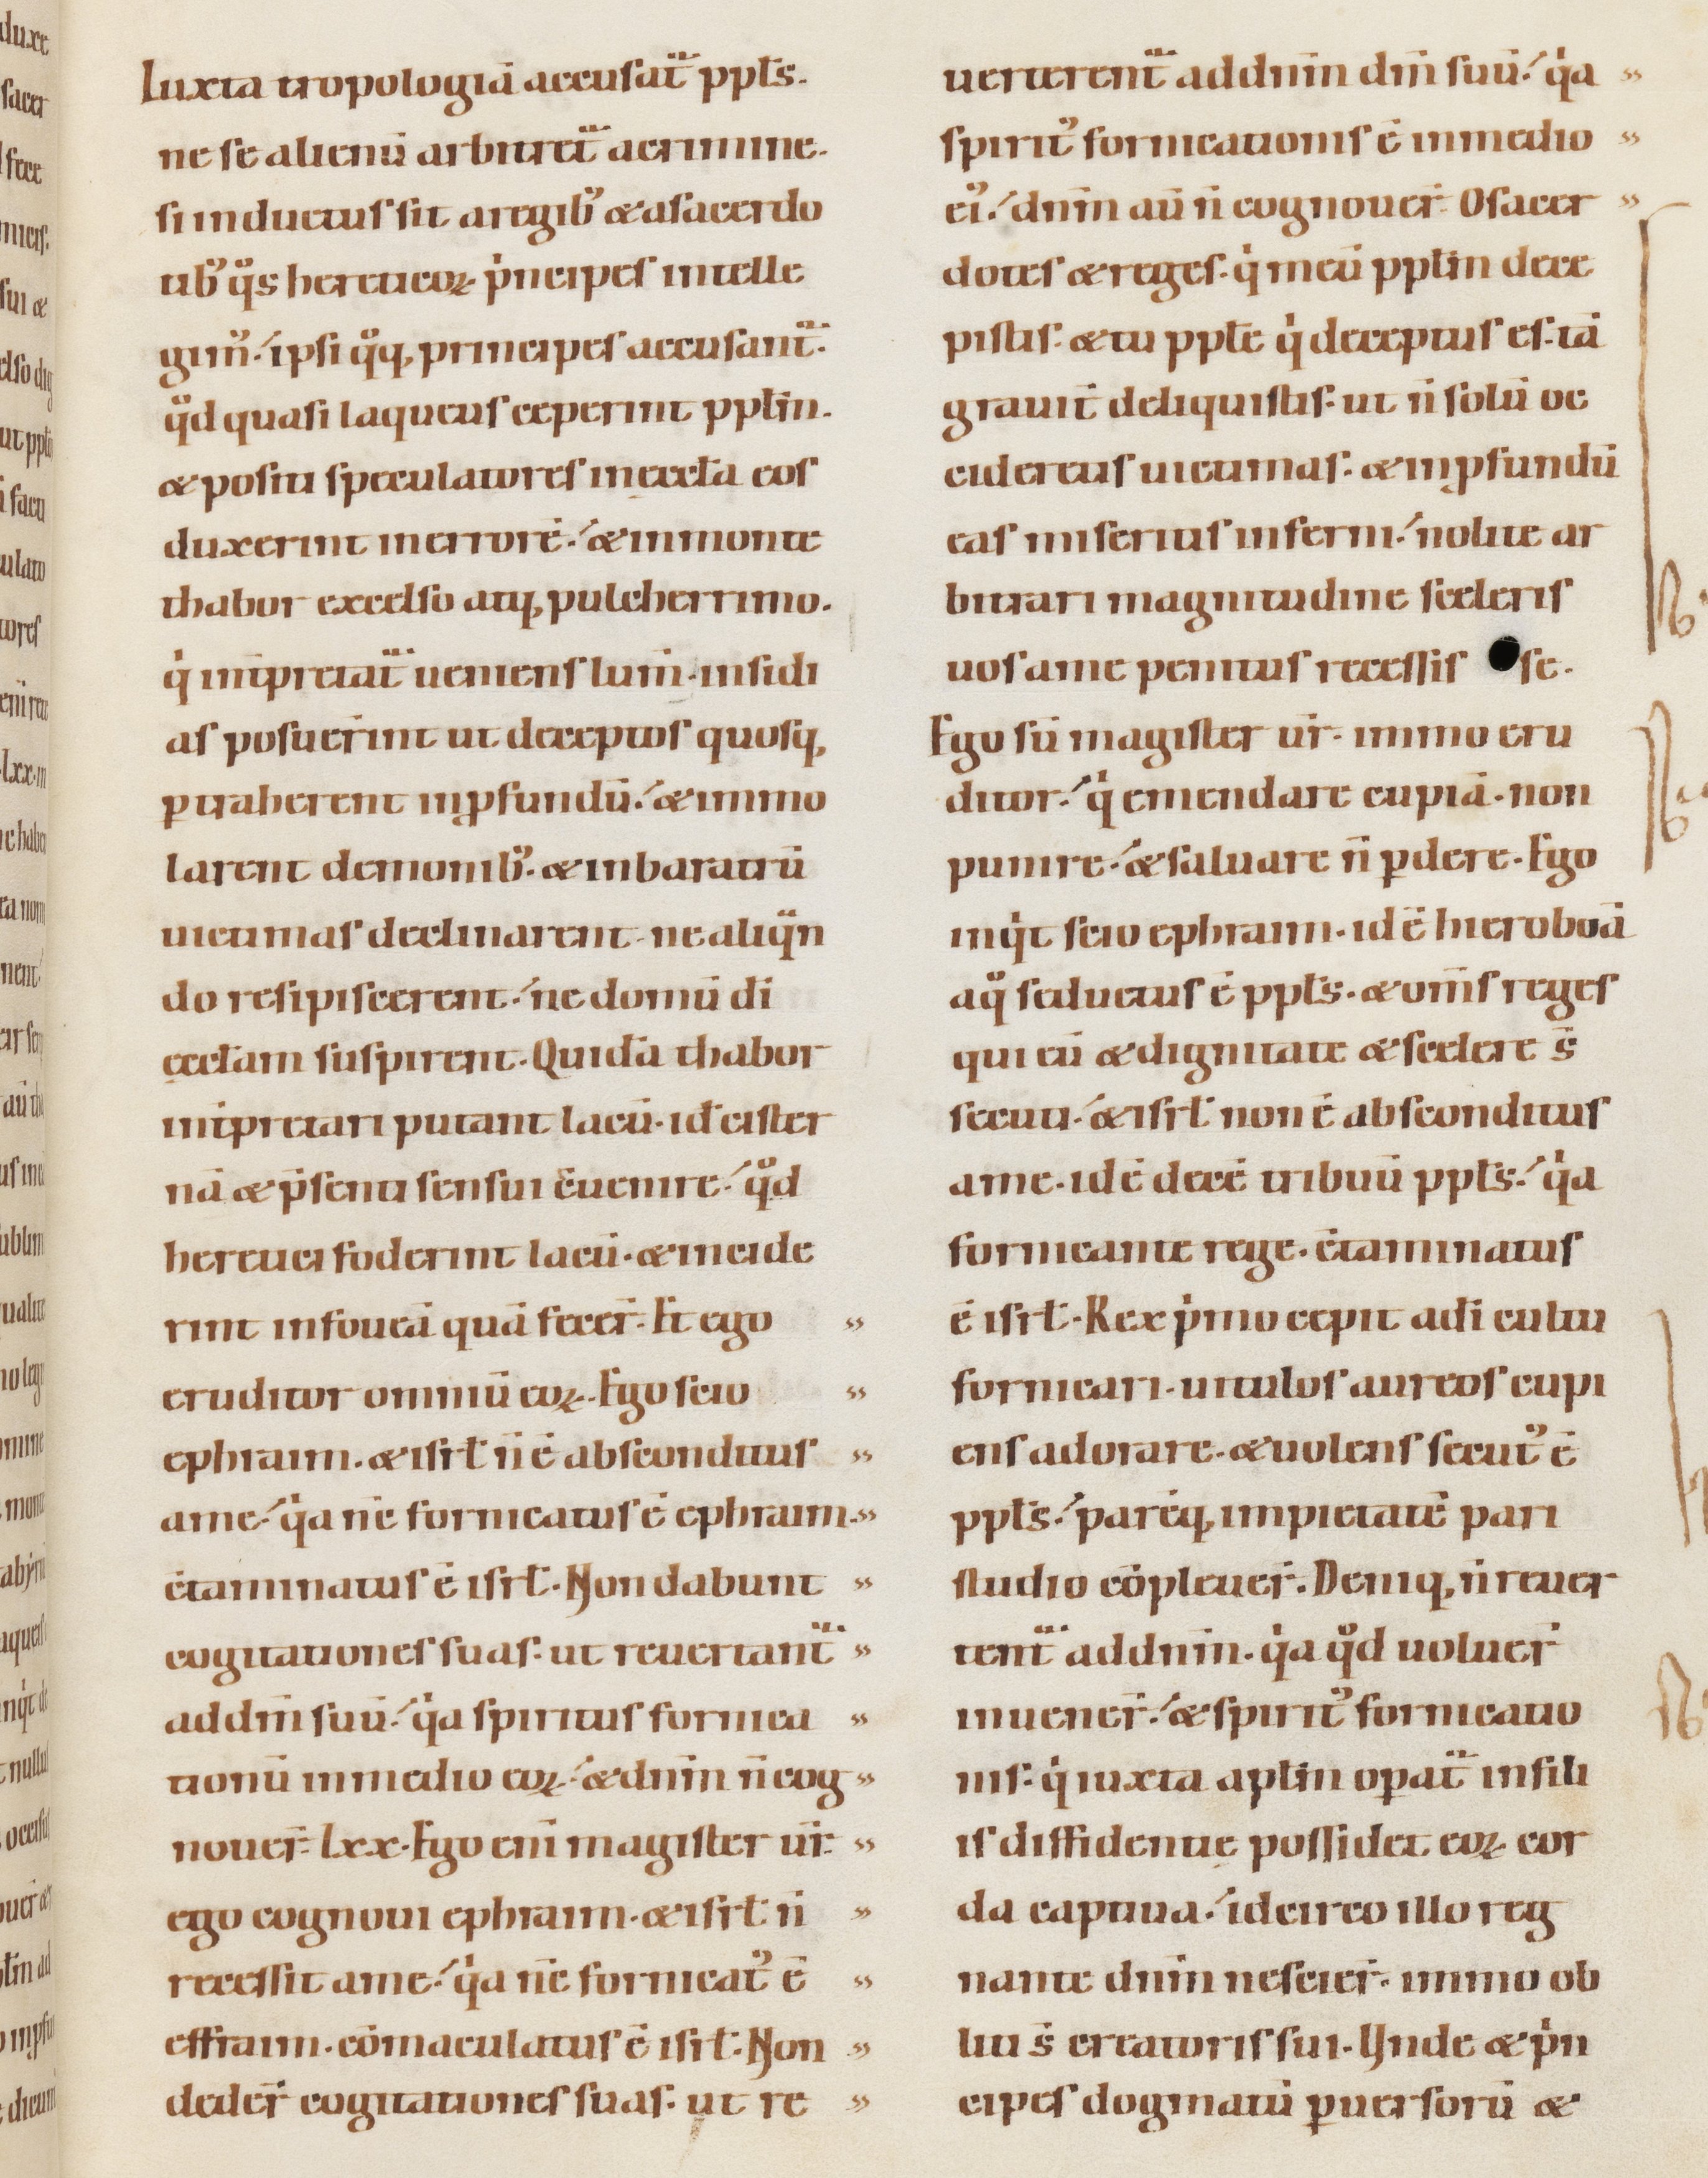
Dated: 1100–1130